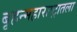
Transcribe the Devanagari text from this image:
बृहन्महाराष्ट्रातला